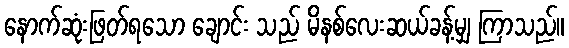
နောက်ဆုံးဖြတ်ရသော ချောင်း သည် မိနစ်လေးဆယ်ခန့်မျှ ကြာသည်။